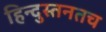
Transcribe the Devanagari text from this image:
हिन्दुस्तनतच